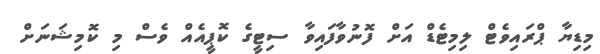
މިޑިޔާ ޕްރައިވެޓް ލިމިޓެޑް އަށް ފޮނުވާފައިވާ ސިޓީގެ ކޮޕީއެއް ވެސް މި ކޮމިޝަނަށް